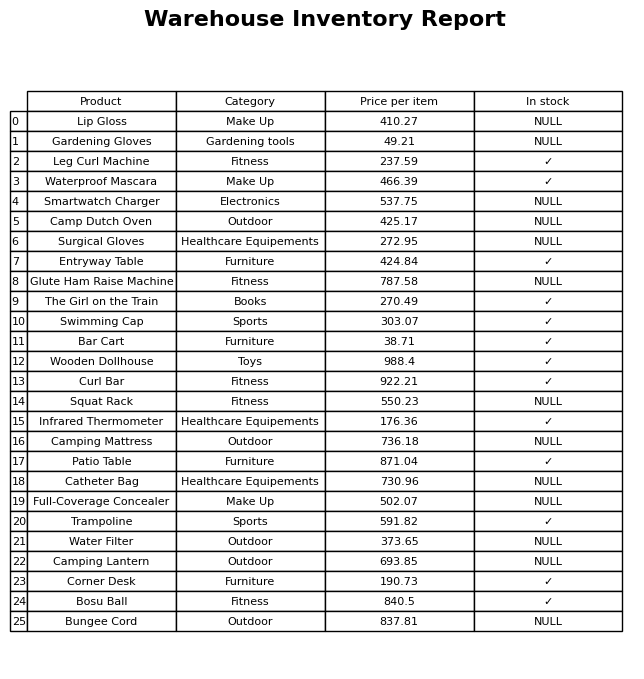
question: What is the stock status of the Corner Desk?
answer: ✓